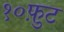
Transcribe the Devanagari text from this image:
१०फ़ुट